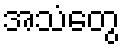
အသံတွေ